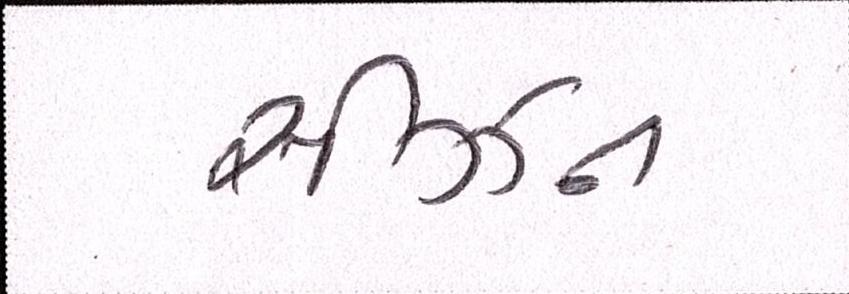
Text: સીઝન